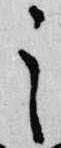
之